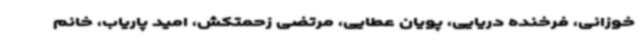
خوزانی، فرخنده دریایی، پویان عطایی، مرتضی زحمتکش، امید پاریاب، خانم